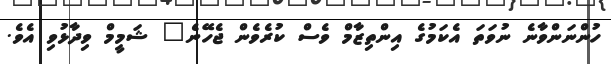
ހުންނަންވާނެ ނުވަތަ އެކަމުގެ އިންތިޒާމް ވެސް ކުރެވެން ޖެހޭނެ" ޝަމީމް ވިދާޅުވި އެވެ.